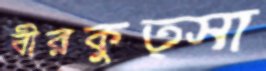
বীরকুত্সা